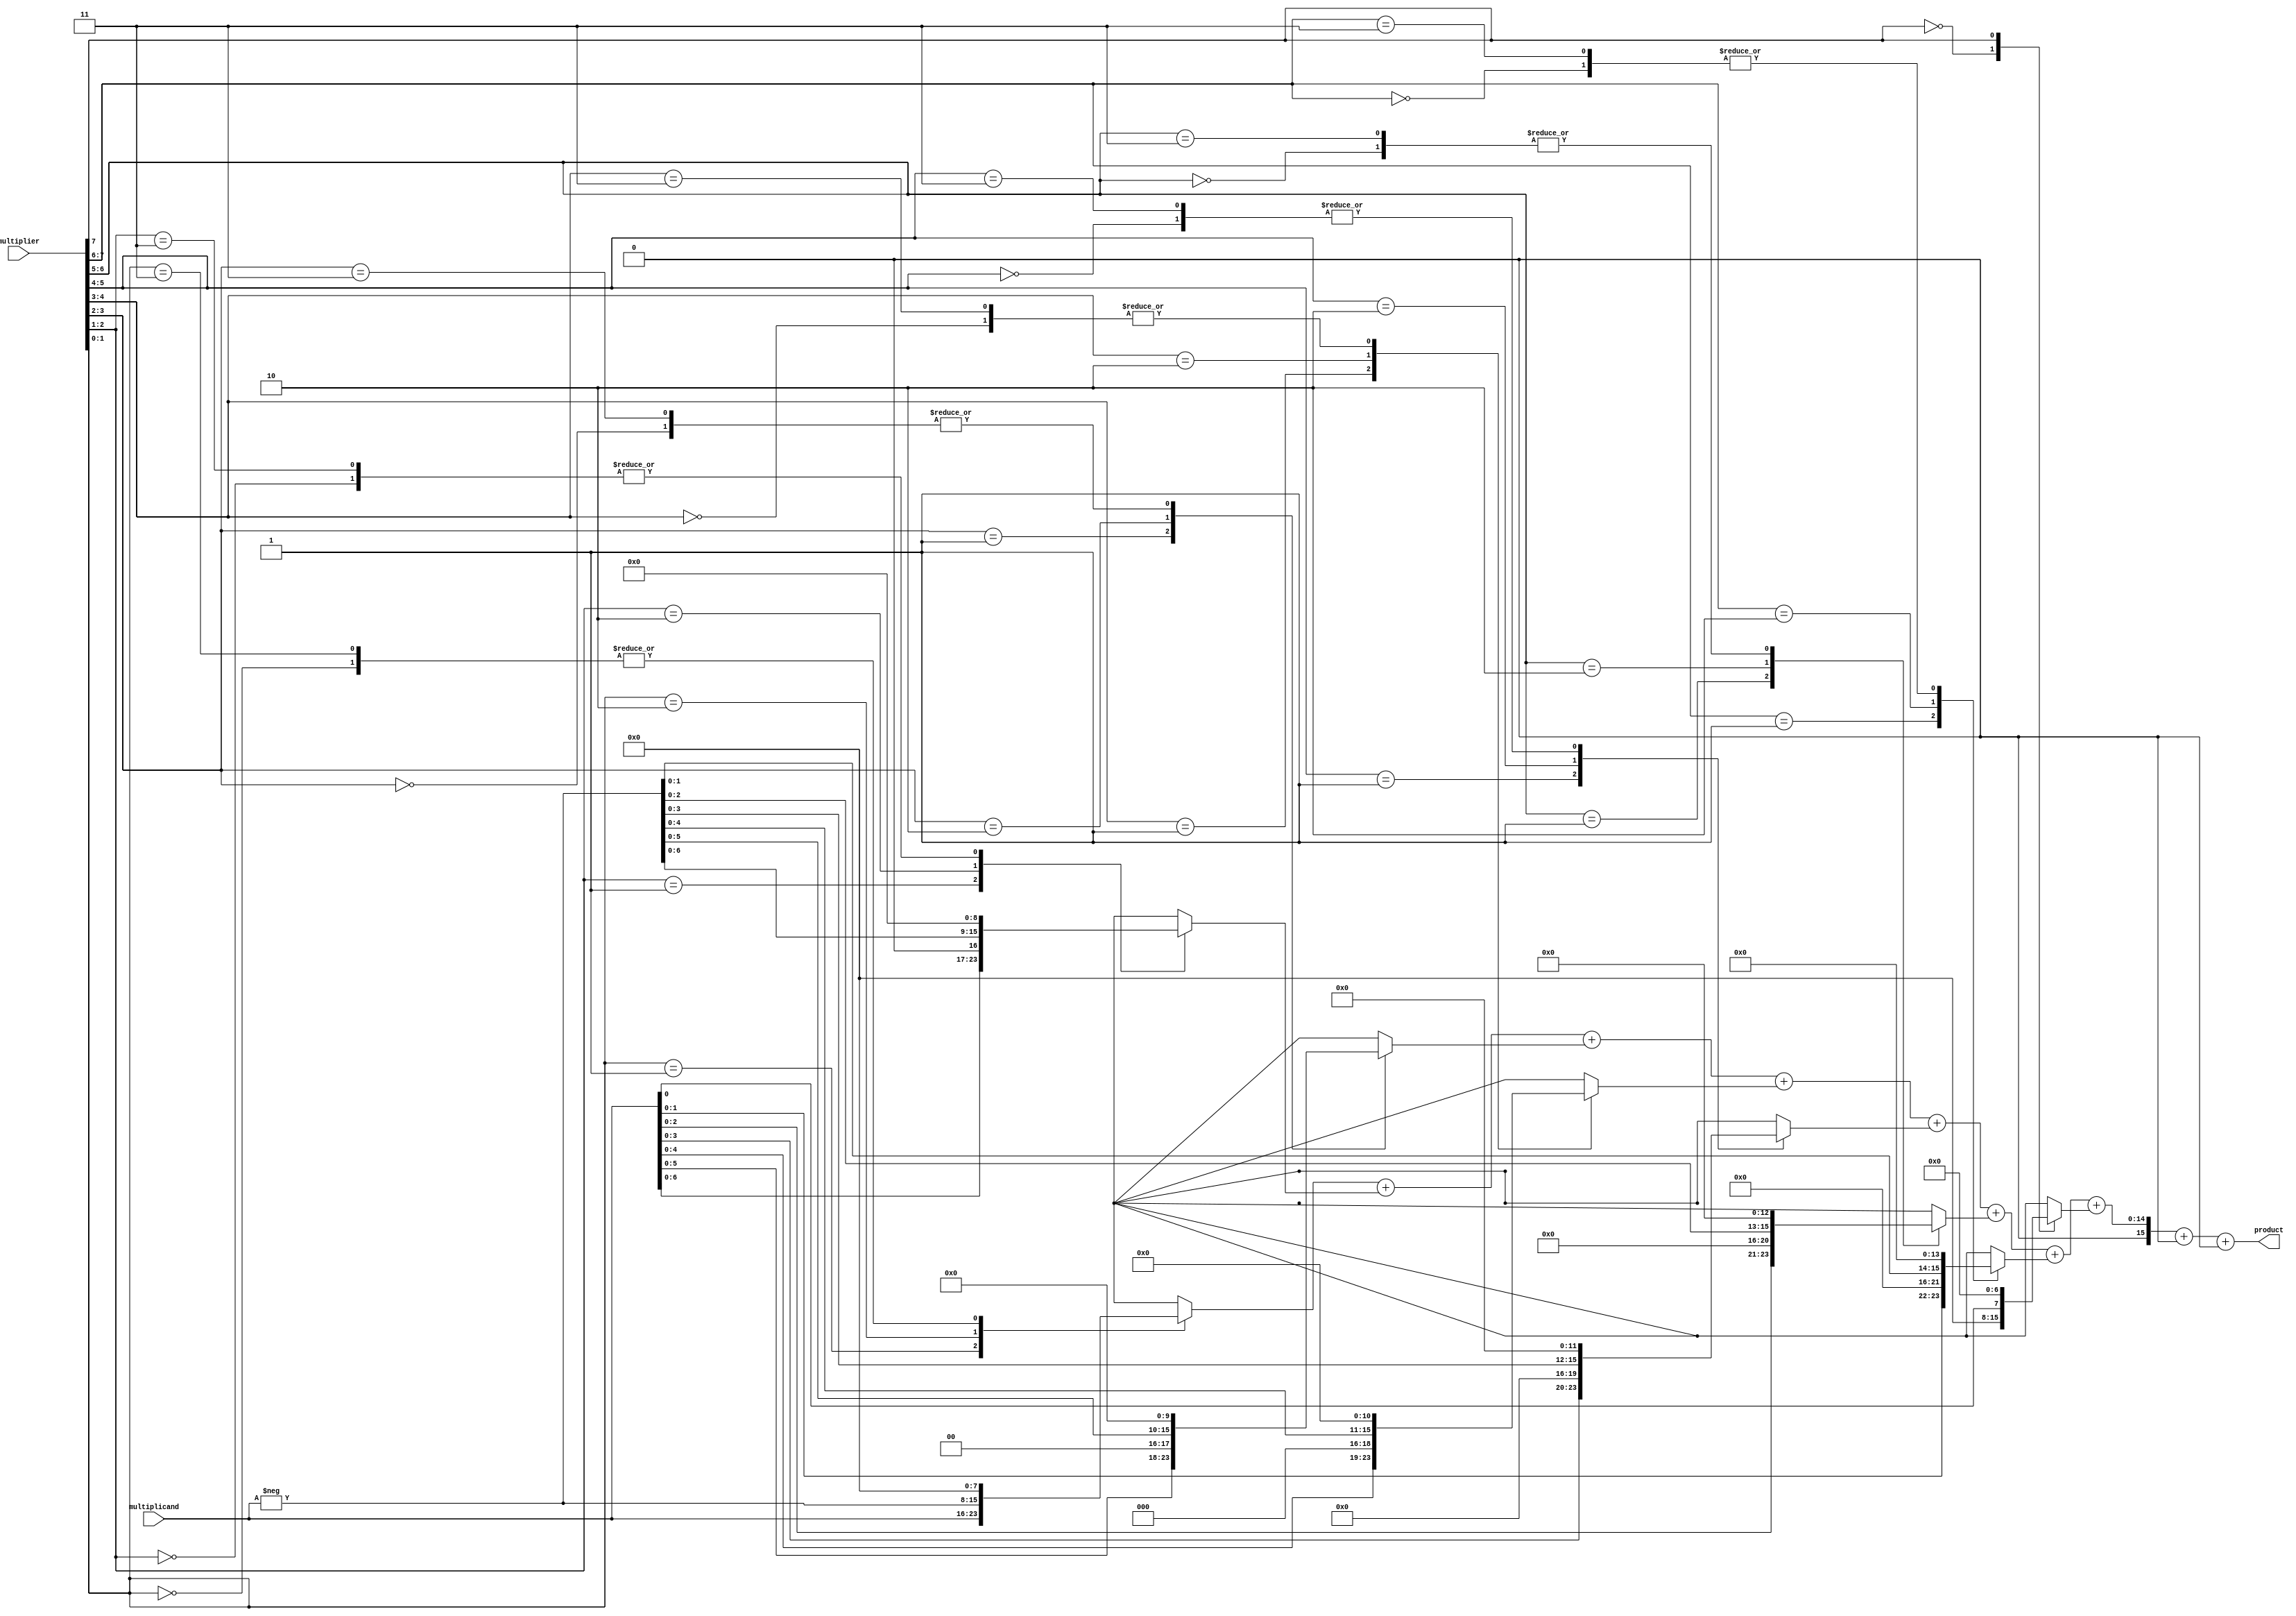
module booth_multiplier #(parameter WIDTH = 8) (
    input signed [WIDTH-1:0] multiplicand,
    input signed [WIDTH-1:0] multiplier,
    output signed [2*WIDTH-1:0] product
);

    // Booth encoding process
    reg [WIDTH-1:0] pp [0:WIDTH]; // Partial products
    reg [WIDTH:0] multiplier_ext; // Extended multiplier for Booth encoding
    integer i;

    // Initialize the extended multiplier
    always @(*) begin
        multiplier_ext = {1'b0, multiplier}; // Extend the multiplier with an extra bit
        for (i = 0; i < WIDTH; i = i + 1) begin
            case (multiplier_ext[i+1:i])
                2'b00: pp[i] = 0; // No operation
                2'b01: pp[i] = multiplicand << i; // Add multiplicand
                2'b10: pp[i] = -multiplicand << i; // Subtract multiplicand
                2'b11: pp[i] = 0; // No operation
            endcase
        end
    end

    // Wallace Tree Reduction
    wire [2*WIDTH-1:0] sum [0:WIDTH];
    wire [2*WIDTH-1:0] carry [0:WIDTH];
    
    // Initial partial products
    assign sum[0] = pp[0];
    assign carry[0] = 0;

    // Wallace tree reduction
    genvar j;
    generate
        for (j = 0; j < WIDTH; j = j + 1) begin: reduction
            wire [2*WIDTH-1:0] temp_sum;
            wire [2*WIDTH-1:0] temp_carry;
            if (j == 0) begin
                assign temp_sum = pp[j];
                assign temp_carry = 0;
            end else begin
                assign temp_sum = sum[j-1] + pp[j];
                assign temp_carry = carry[j-1];
            end
            assign sum[j] = temp_sum;
            assign carry[j] = temp_carry;
        end
    endgenerate

    // Final addition of two rows
    wire [2*WIDTH-1:0] final_sum;
    wire [2*WIDTH-1:0] final_carry;

    assign final_sum = sum[WIDTH-1] + carry[WIDTH-1];
    assign final_carry = 0; // No carry in this simple implementation

    // Final product assignment
    assign product = final_sum + final_carry;

endmodule